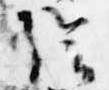
陰